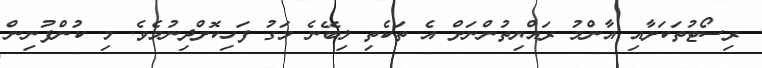
ރިސޯޓުތަކަށާއި އާންމު ރައްޔިތުންނަށް އެ ތަކެތި ލިބޭނެ މަގު ފަހިކޮށްދިނުމެވެ. މި ކުންފުނިން